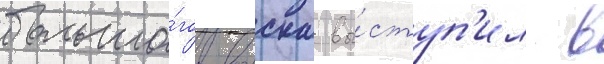
большо́го воиска вы́ступ'ил в